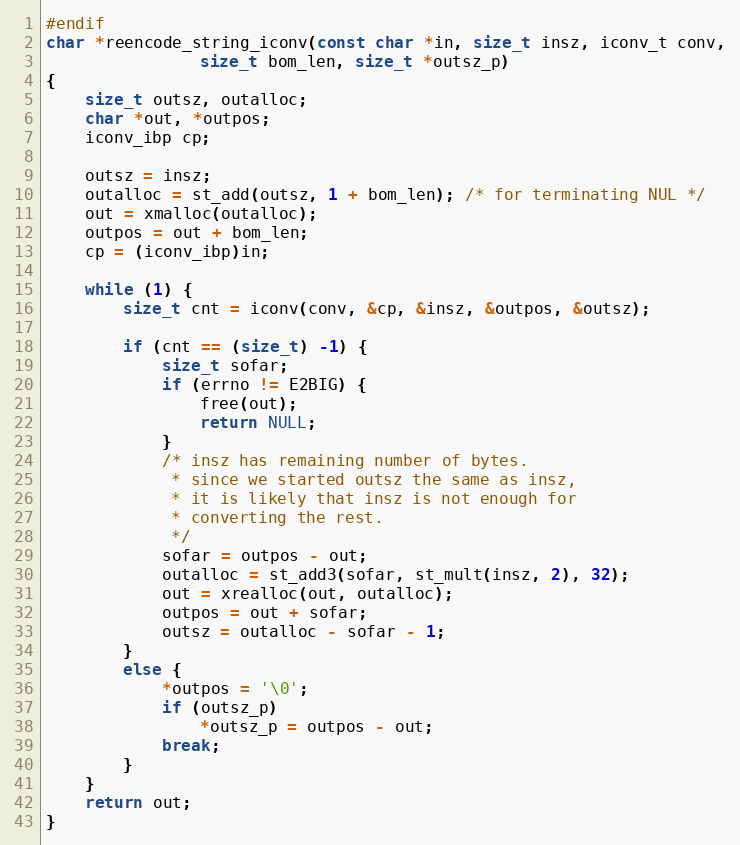
Language: C
#endif
char *reencode_string_iconv(const char *in, size_t insz, iconv_t conv,
			    size_t bom_len, size_t *outsz_p)
{
	size_t outsz, outalloc;
	char *out, *outpos;
	iconv_ibp cp;

	outsz = insz;
	outalloc = st_add(outsz, 1 + bom_len); /* for terminating NUL */
	out = xmalloc(outalloc);
	outpos = out + bom_len;
	cp = (iconv_ibp)in;

	while (1) {
		size_t cnt = iconv(conv, &cp, &insz, &outpos, &outsz);

		if (cnt == (size_t) -1) {
			size_t sofar;
			if (errno != E2BIG) {
				free(out);
				return NULL;
			}
			/* insz has remaining number of bytes.
			 * since we started outsz the same as insz,
			 * it is likely that insz is not enough for
			 * converting the rest.
			 */
			sofar = outpos - out;
			outalloc = st_add3(sofar, st_mult(insz, 2), 32);
			out = xrealloc(out, outalloc);
			outpos = out + sofar;
			outsz = outalloc - sofar - 1;
		}
		else {
			*outpos = '\0';
			if (outsz_p)
				*outsz_p = outpos - out;
			break;
		}
	}
	return out;
}